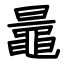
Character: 鼂